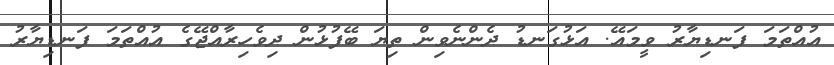
އުއްތަމަ ފަނޑިޔާރު ވީމައޭ. އަޅުގަނޑު ދެންނެވިން ތިޔަ ބޭފުޅުން ދިވެހިރާއްޖޭގެ އުއްތަމަ ފަނޑިޔާރު